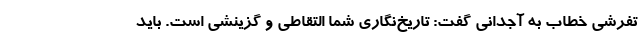
تفرشی خطاب به آجدانی گفت: تاریخ‌نگاری شما التقاطی و گزینشی است. باید